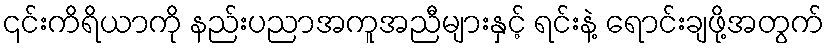
၎င်းကိရိယာကို နည်းပညာအကူအညီများနှင့် ရင်းနဲ့ ရောင်းချဖို့အတွက်